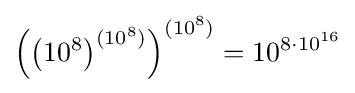
\left(\left(10^{8}\right)^{(10^{8})}\right)^{(10^{8})}=10^{8\cdot 10^{16}}